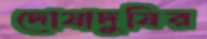
দোষাদুষির